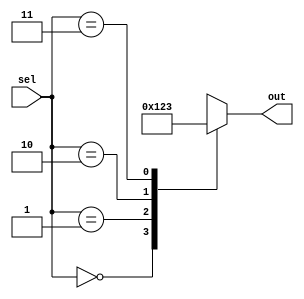
module case_statement_example(
    input [1:0] sel,
    output reg [3:0] out
);

initial begin
    case(sel)
        2'b00: out = 4'b0000;
        2'b01: out = 4'b0001;
        2'b10: out = 4'b0010;
        2'b11: out = 4'b0011;
    endcase
end

endmodule